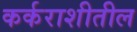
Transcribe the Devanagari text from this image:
कर्कराशीतील